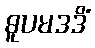
ဓူပမဒဒိံ